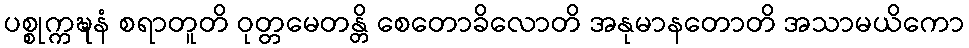
ပစ္စုက္ကဍ္ဎနံ စရာတူတိ ဝုတ္တမေတန္တိ စေတောခိလောတိ အနုမာနတောတိ အသာမယိကော